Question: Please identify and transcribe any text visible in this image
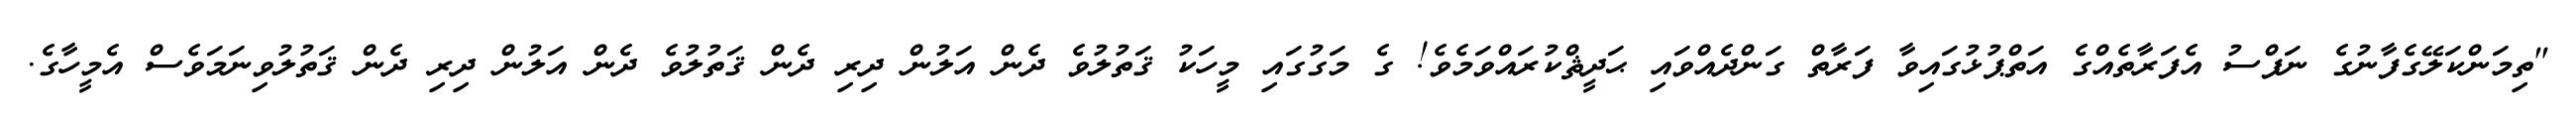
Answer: "ތިމަންކަލޭގެފާނުގެ ނަފްސު އެފަރާތެއްގެ އަތްޕުޅުގައިވާ ފަރާތް ގަންދެއްވައި ޙަދީޘްކުރައްވަމެވެ! ގެ މަގުގައި މީހަކު ޤަތުލުވެ ދެން އަލުން ދިރި ދެން ޤަތުލުވެ ދެން އަލުން ދިރި ދެން ޤަތުލުވިނަމަވެސް އެމީހާގެ.